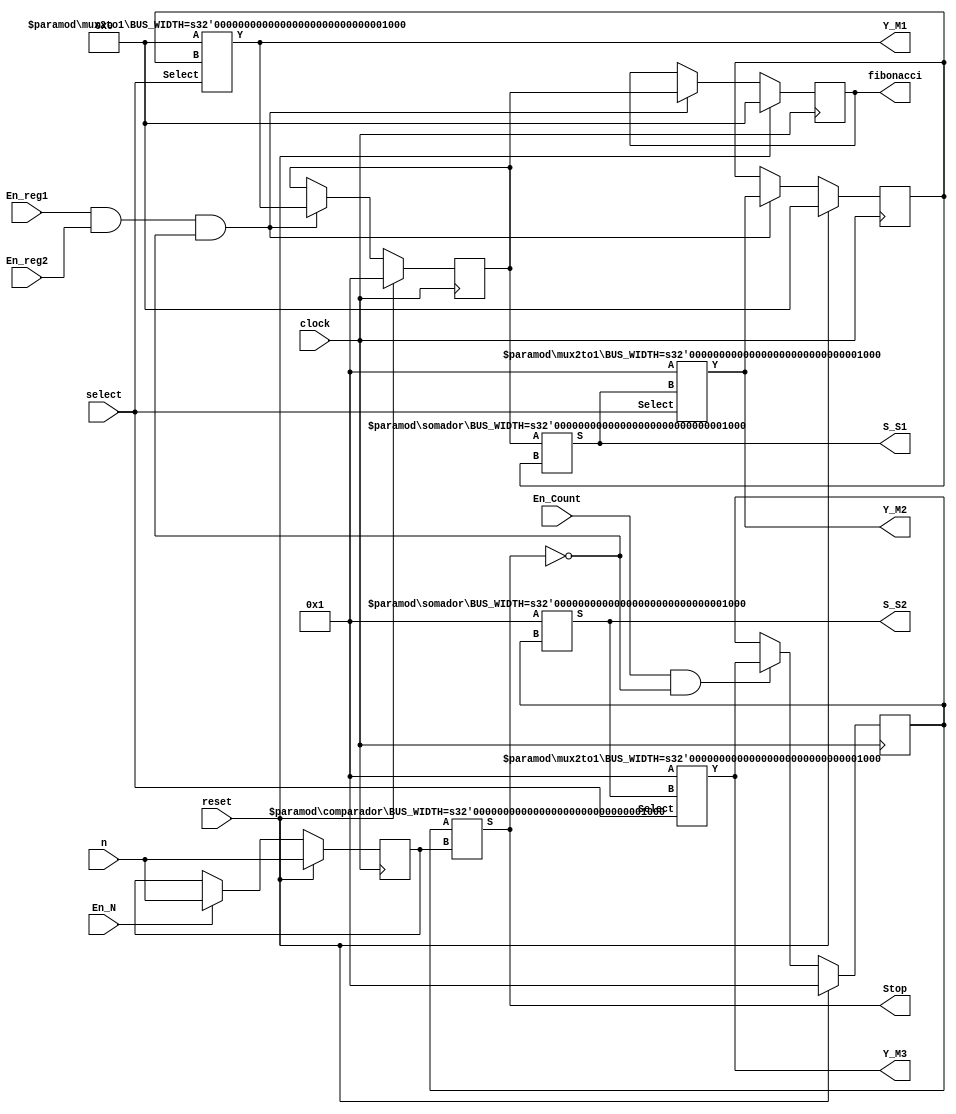
// # MIT License
// # Copyright (c) [2023] [Gabriel Rosa Dias]
// # See LICENSE file for full license text.

module module_top #(parameter BUS_WIDTH=8)(
    input clock,
    input reset,
    input wire select,
    input [7:0] n,
    input En_reg1,
    input En_reg2,
    input En_Count,
    input En_N,
    output wire [BUS_WIDTH-1:0] Y_M1,
    output wire [BUS_WIDTH-1:0] Y_M2,
    output wire [BUS_WIDTH-1:0] Y_M3,
    output wire [BUS_WIDTH-1:0] S_S1,
    output wire [BUS_WIDTH-1:0] S_S2,
    output wire Stop,
    output reg [7:0] fibonacci
    
);

    parameter const1 = 8'b00000001,
        const0 = 8'b00000000;

    reg [BUS_WIDTH - 1:0] reg1;
    reg [BUS_WIDTH - 1:0] reg2;
    reg [BUS_WIDTH - 1:0] regn;
    reg [BUS_WIDTH - 1:0] reg_count_to_n;

    wire [BUS_WIDTH - 1:0] saida_mux1;
    wire [BUS_WIDTH - 1:0] saida_mux2;
    wire [BUS_WIDTH - 1:0] saida_mux3;
    wire [BUS_WIDTH - 1:0] saida_somador1;
    wire [BUS_WIDTH - 1:0] saida_somador2;

    somador #(BUS_WIDTH) sumFibon (
        .A(reg1),
        .B(reg2),
        .S(saida_somador1)
    );

    somador #(BUS_WIDTH) sumCount (
        .A(const1),
        .B(reg_count_to_n),
        .S(saida_somador2)
    );

    mux2to1 #(BUS_WIDTH) multipl1 (
        .A(const0),
        .B(reg2),
        .Select(select),
        .Y(saida_mux1)
    );

    mux2to1 #(BUS_WIDTH) multipl2 (
        .A(const1),
        .B(saida_somador1),
        .Select(select),
        .Y(saida_mux2)
    );

    mux2to1 #(BUS_WIDTH) multipl3 (
        .A(const1),
        .B(saida_somador2),
        .Select(select),
        .Y(saida_mux3)
    );

    comparador #(BUS_WIDTH) comparad (
        .A(reg_count_to_n),
        .B(regn),
        .S(Stop)
    );

    assign Y_M1 = saida_mux1;
    assign Y_M2 = saida_mux2;
    assign Y_M3 = saida_mux3;
    assign S_S1 = saida_somador1;
    assign S_S2 = saida_somador2;


    always @(posedge clock) begin
        if (reset) begin
            reg1 <= const1;
            reg2 <= const0;
            regn <= n;
            reg_count_to_n <= const1;
            fibonacci <= const0;
        end
        else
            begin
                if(En_N)
                    begin
                        regn <= n;
                    end
                if(En_reg1 && En_reg2 && !Stop)
                    begin
                        reg1 <= saida_mux1;
                        reg2 <= saida_mux2;
                        fibonacci <= reg1;
                    end
    
                if(En_Count && !Stop)
                    begin
                        reg_count_to_n <= saida_mux3;
                    end
            end
    end
endmodule

module mux2to1 #(parameter BUS_WIDTH = 8)(
    input wire [BUS_WIDTH-1:0] A,
    input wire [BUS_WIDTH-1:0] B,
    input wire Select,
    output wire [BUS_WIDTH-1:0] Y
);
    assign Y = (Select) ? A : B; //se 0 Y = B, se 1 Y = A
endmodule

module somador #(parameter BUS_WIDTH = 8)(
    input wire [BUS_WIDTH-1:0] A,
    input wire [BUS_WIDTH-1:0] B,
    output wire [BUS_WIDTH-1:0] S
);
    assign S = A + B;
endmodule

module comparador #(parameter BUS_WIDTH = 8)(
    input [7:0] A,
    input [7:0] B,
    output wire S
);
    assign S = (A == B);
endmodule